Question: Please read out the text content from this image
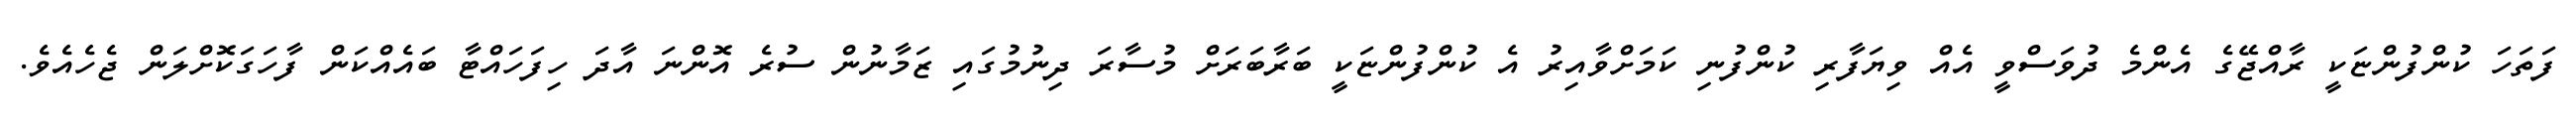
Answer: ފަތަހަ ކުންފުންޏަކީ ރާއްޖޭގެ އެންމެ ދުވަސްވީ އެއް ވިޔަފާރި ކުންފުނި ކަމަށްވާއިރު އެ ކުންފުންޏަކީ ބަރާބަރަށް މުސާރަ ދިނުމުގައި ޒަމާނުން ސުރެ އޮންނަ އާދަ ހިފަހައްޓާ ބައެއްކަން ފާހަގަކޮށްލަން ޖެހެއެވެ.